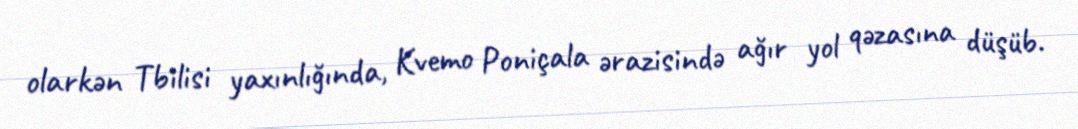
olarkən Tbilisi yaxınlığında, Kvemo Poniçala ərazisində ağır yol qəzasına düşüb.